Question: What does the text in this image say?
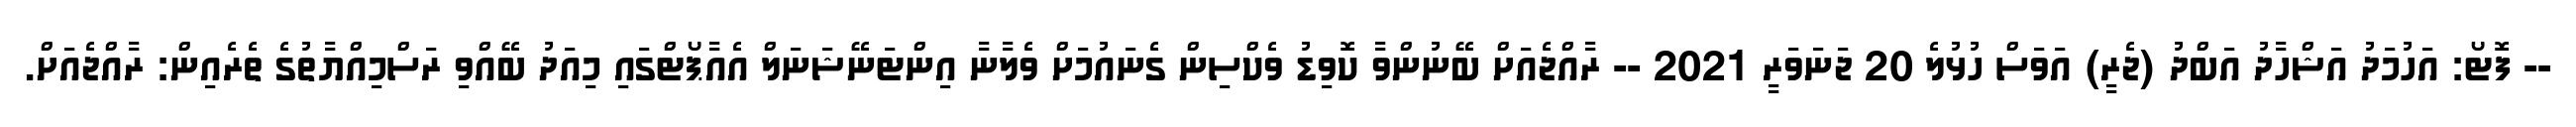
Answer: -- ފޮޓޯ: އަހުމަދު އަޝްހާދު އަބްދު (ޖެރީ) އަވަސް ހުޅުލެ 20 ޖަނަވަރީ 2021 -- ރާއްޖެއަށް ބޭނުންވާ ކޮވިޑު ވެކްސިން ގެނައުމަށް ވެލާނާ އިންޓަނޭޝަނަލް އެއާޕޯޓްގައި މިއަދު ބޭއްވި ރަސްމިއްޔާތުގެ ތެރެއިން: ރާއްޖެއަށް.